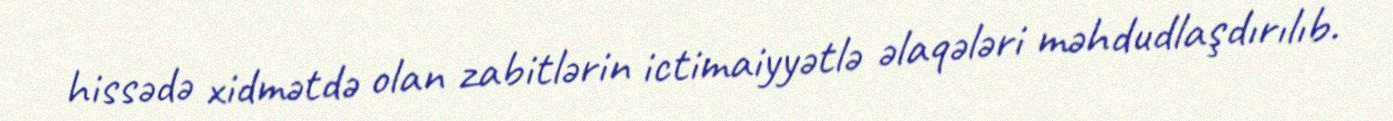
hissədə xidmətdə olan zabitlərin ictimaiyyətlə əlaqələri məhdudlaşdırılıb.